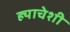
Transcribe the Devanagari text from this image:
ह्याचेशी